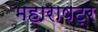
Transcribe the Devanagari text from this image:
महाराषट्र